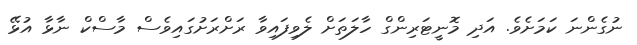
ނުގެންނަ ކަމަށެވެ. އަދި މޮނީޓަރިންގް ހާލަތަށް ލެވިފައިވާ ރަށްރަށުގައިވެސް މާސްކް ނާޅާ އުޅޭ